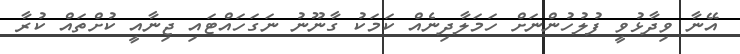
އޭނާ ވިދާޅުވީ ފުލުހުންނަށް ހަމަލާދިނެއް ކަމަކު ގާނޫނު ނަގަހައްޓައި ޖިނާއީ ކުށްތައް ކުރާ